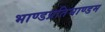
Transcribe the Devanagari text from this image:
भाण्डप्रतिभाण्डम